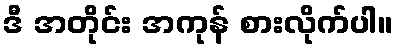
ဒီ အတိုင်း အကုန် စားလိုက်ပါ။